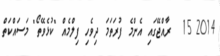
2014 15  ރާއްޖޭގައި އެންމެ ފުރަތަމަ ދިވެހި ފިލްމެއް "ކުޅެވޭތޯ" މަސައްކަތް